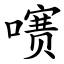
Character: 㗷